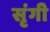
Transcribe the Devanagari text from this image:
सृंगी